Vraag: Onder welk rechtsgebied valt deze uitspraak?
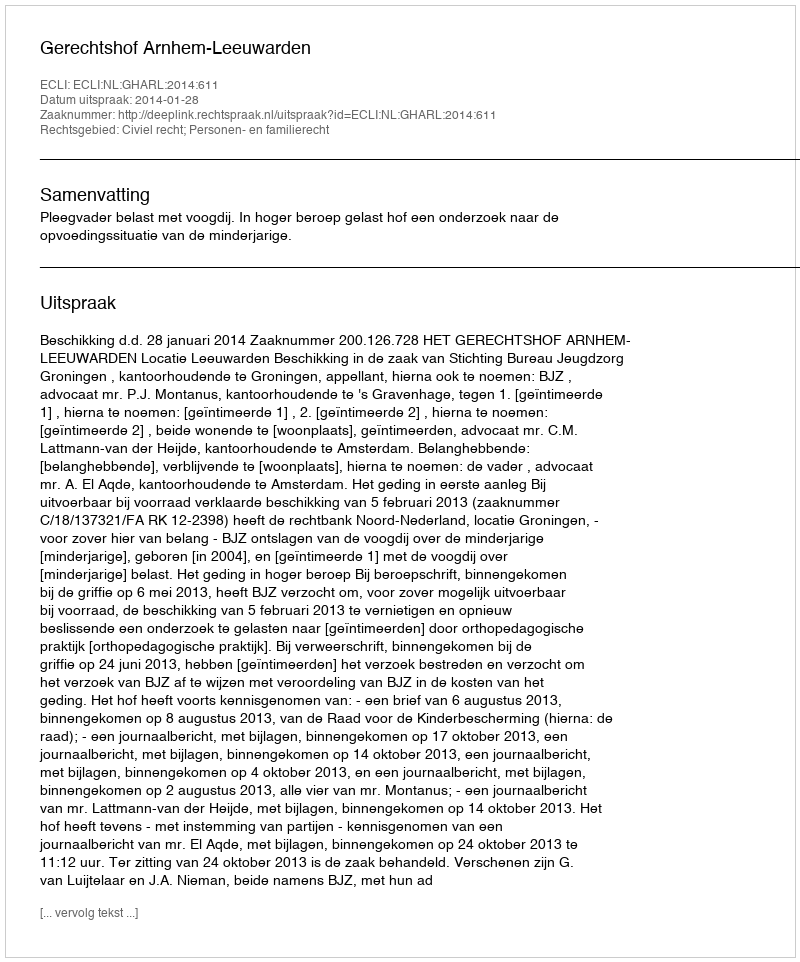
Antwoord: Civiel recht; Personen- en familierecht